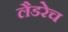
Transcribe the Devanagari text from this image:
लैडरेच